Trukikaitis_Postimees, lk 17
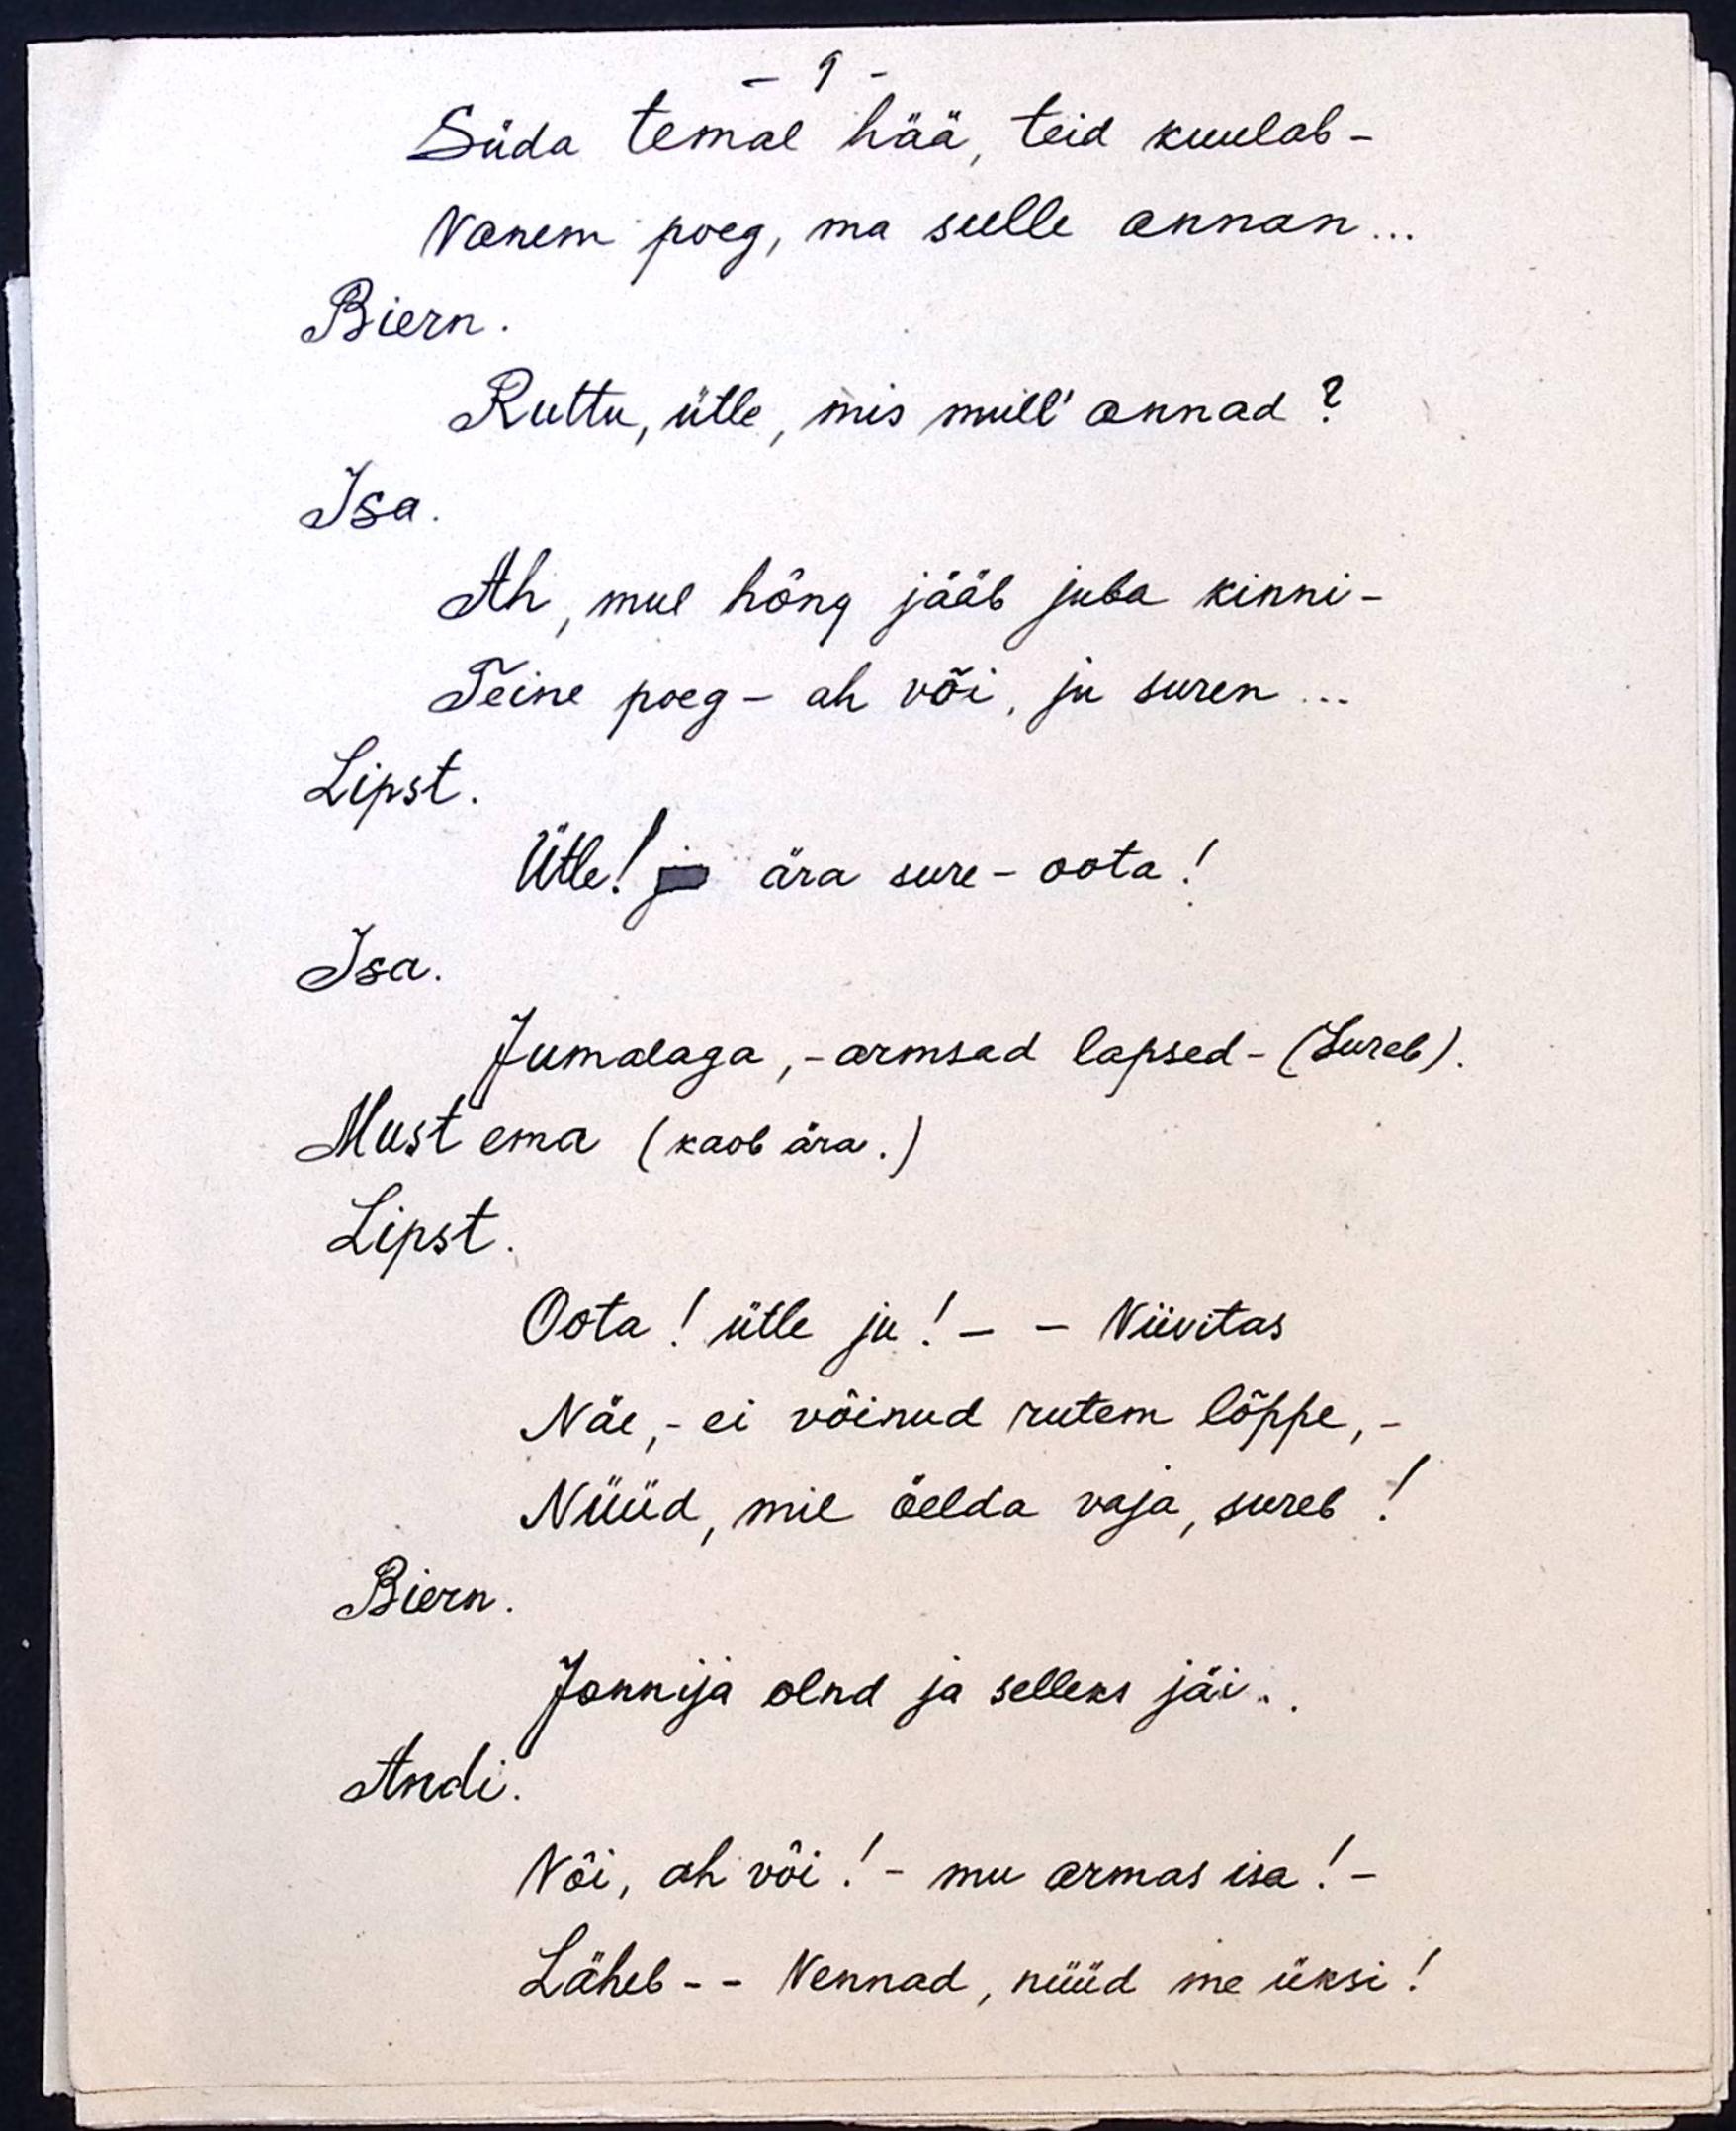
- 9 -
Süda temal hää, teid kuulab -
Vanem poeg, ma sulle annan...
Biern.
Ruttu, ütle, mis mull` annad?
Isa.
Ah, mul hõng jääb juba kinni -
Teine poeg - ah või, ju suren...
Lipst.
Ütle! ja ära sure - oota!
Isa.
Jumalaga, - armsad lapsed - (Sureb).
Must ema (kaob ära.)
Lipst.
Oota! ütle ju! - - Viivitas
Näe, - ei võinud rutem lõppe,-
Nüüd, mil öelda vaja, sureb!
Biern.
Jonnija olnd ja selleks jäi..
Andi.
Või, ah või! - mu armas isa! -
Läheb - - Vennad, nüüd me üksi!